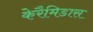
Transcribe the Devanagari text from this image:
केरैमिडास